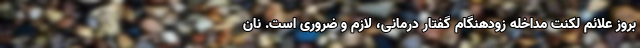
بروز علائم لکنت مداخله زودهنگام گفتار درمانی، لازم و ضروری است. نان